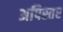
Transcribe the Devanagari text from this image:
अपिस्तर